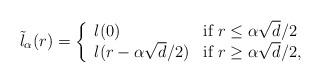
LaTeX: \begin{align*}\tilde{l}_\alpha(r)=\left\{\begin{array}{ll}l(0) & \textrm{if } r\leq \alpha \sqrt{d}/2 \\l(r-\alpha\sqrt{d}/2) & \textrm{if } r\geq \alpha\sqrt{d}/2,\end{array}\right.\end{align*}